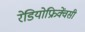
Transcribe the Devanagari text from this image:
रेडियोफ्रिक्वेंसी